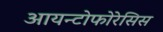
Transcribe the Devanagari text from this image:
आयन्टोफोरेसिस